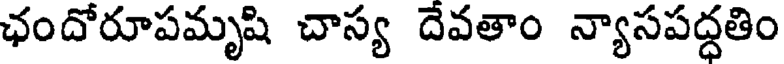
ఛందోరూపమృషి చాస్య దేవతాం న్యాసపద్ధతిం